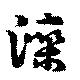
灤